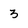
Character: 3